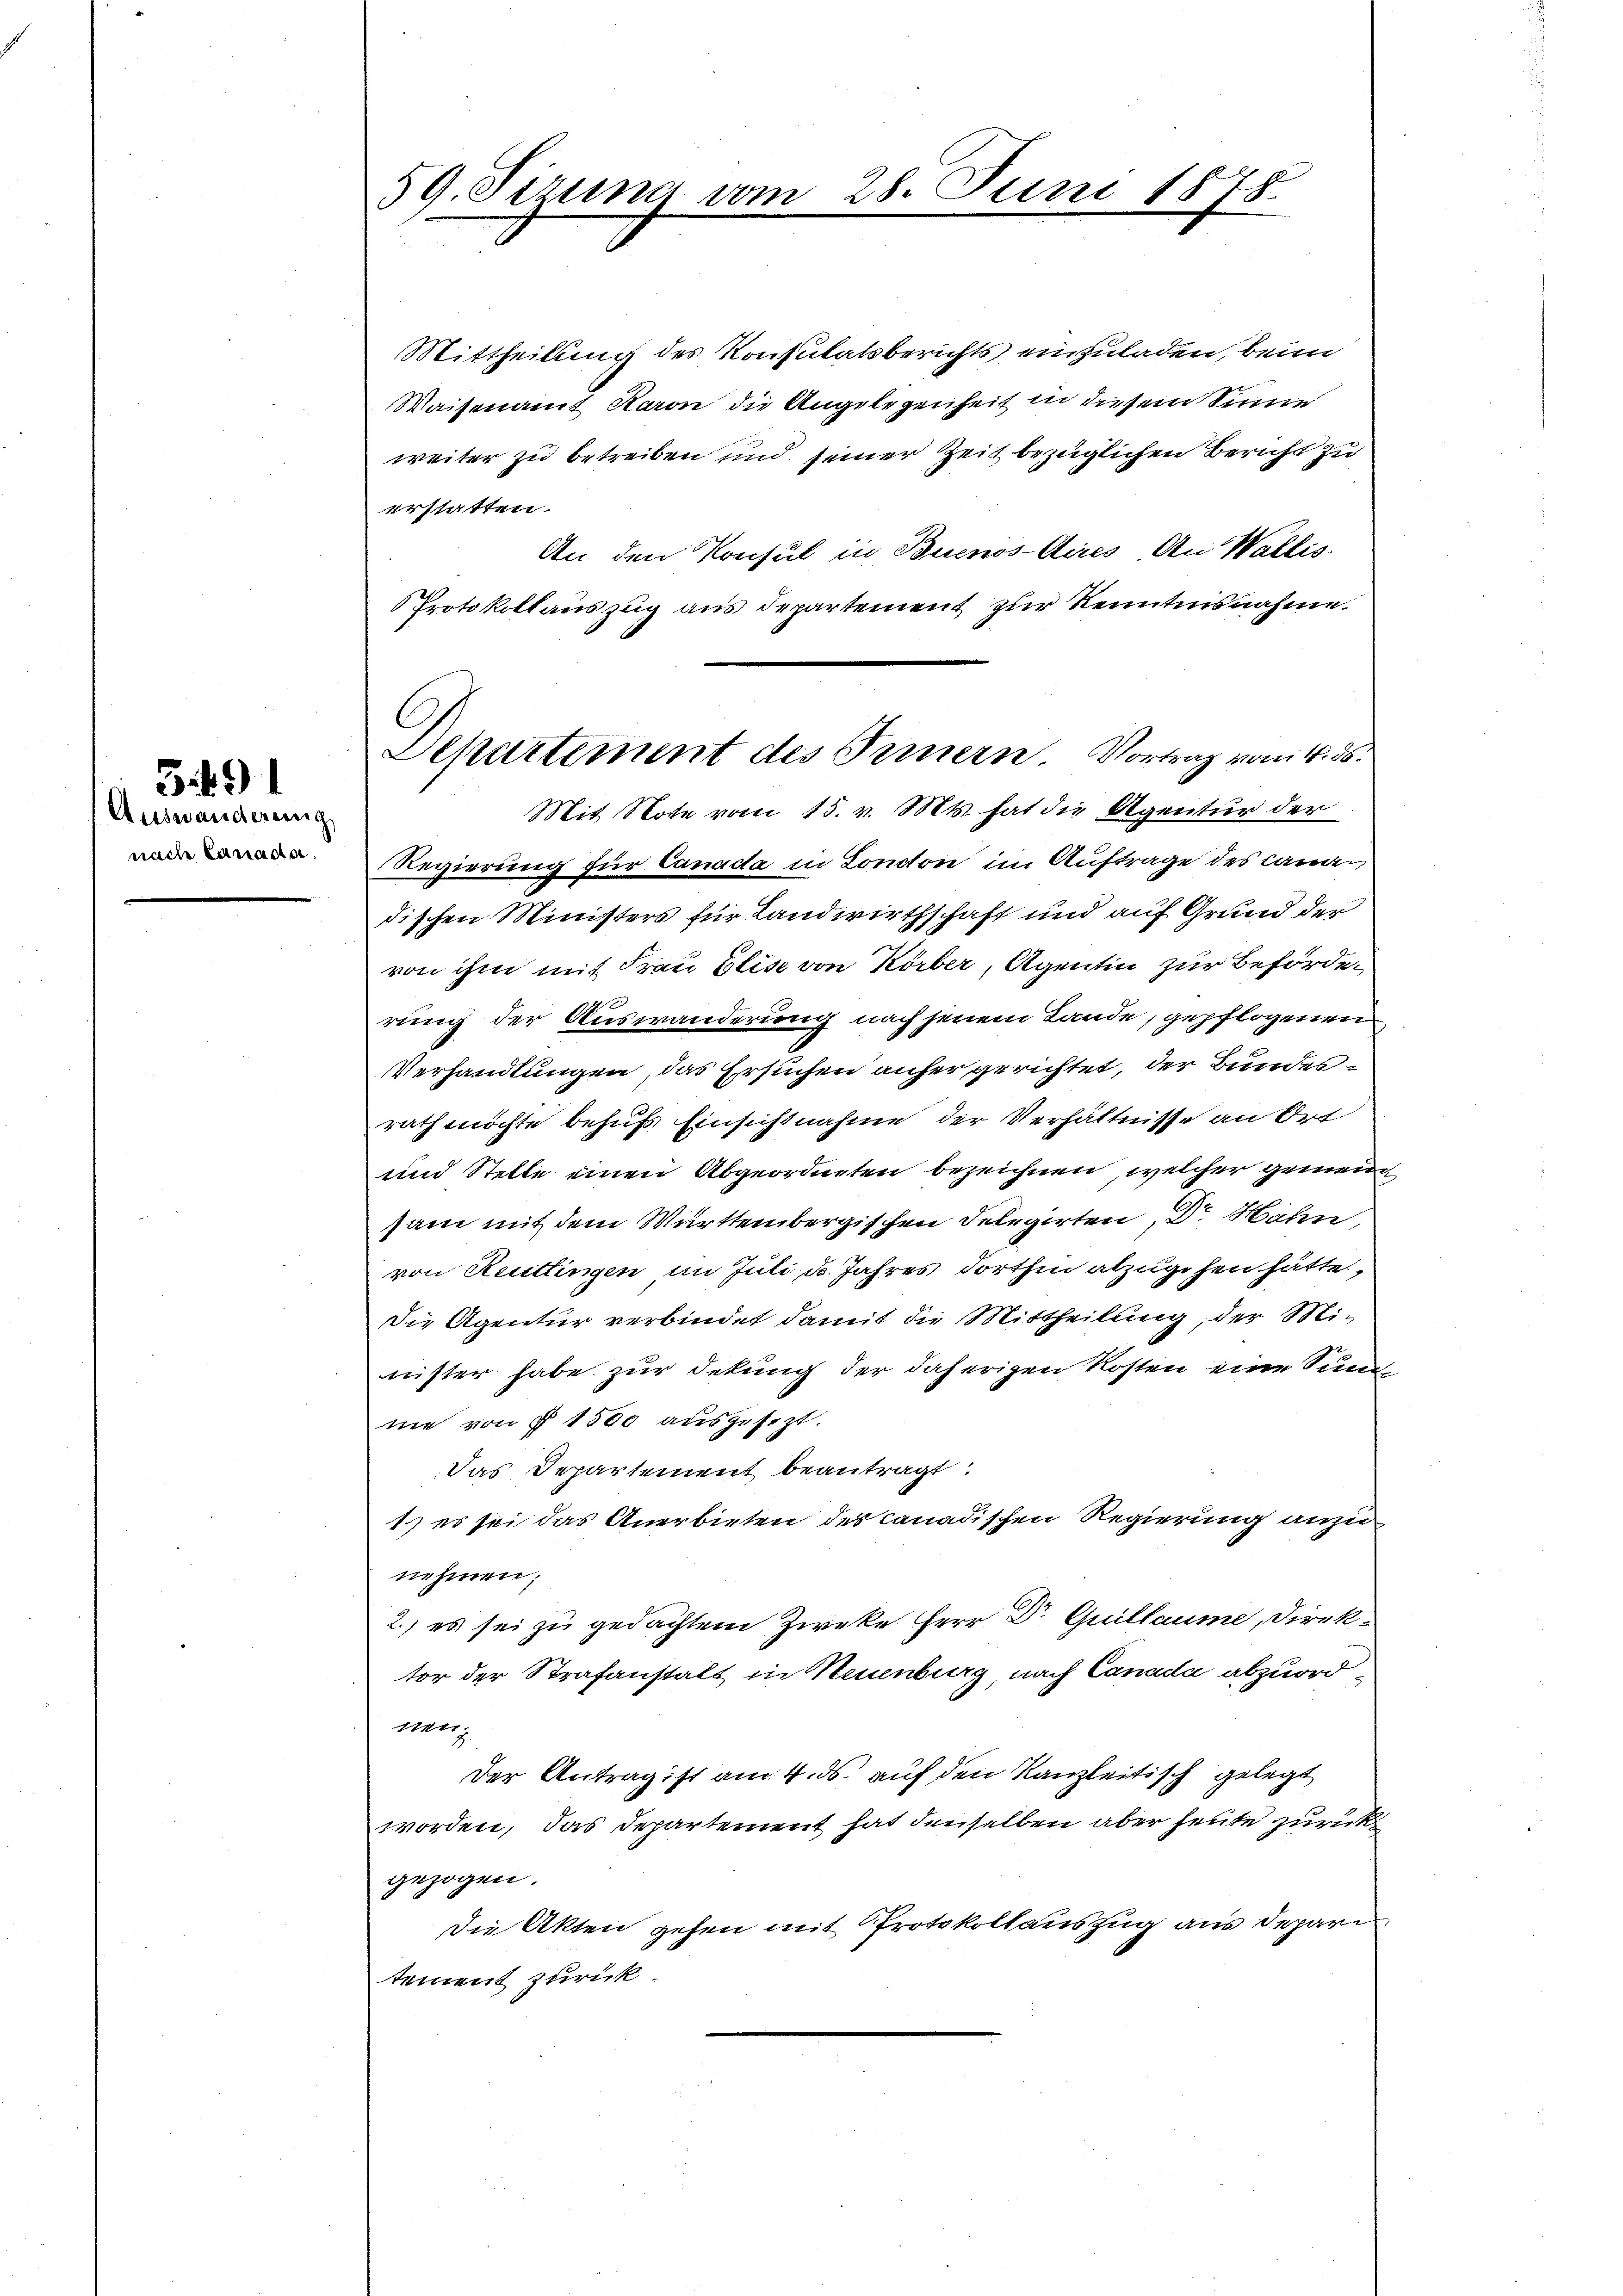
Auswanderung
nache Caracta.

3i 91

59. Sirung vom

Mittheilung des Konsulatsberichts einzuladen, beim
Waisenamt Karon die Angelegenheit in diesem Sinne
weiter zu betreiben und seiner Zeit bezüglichen Bericht zu
erstatten.
An den Konsul in Buenos-Aires An Wallis
 Protokollauszug aus Departement zur Kenntnisnahme.
Regierung für Canada in London im Auftrage des Candi
dischen Ministers für Landwirthschaft und auf Grund der
von ihm mit Frau Elise von Körber, Agentin zur Behörded
rung der Auswanderung nach jenem Lande, gepflogenen
Verhandlungen, das Ersuchen anher gerichtet, der Bundesrath möchte behufs Einsichtnahme der Verhältnisse an Ort
und Stelle einen Abgeordneten bezeichnen, welcher gemeinsam mit dem Württembergischen Delegirten, Dr. Hahn,
von Reutlingen im Juli d. Jahres dorthin abzugehen hätte,
die Agentur verbindet damit die Mittheilung, der Minister habe zur Sekung der daherigen Kosten eine Sum
ne von § 1500 ausgesezt.
Das Departement beantragt:
1.) es sei das Anerbieten des canadischen Regierung anzunehmen;
2.) es sei zu gedachtem Zweke Herr Dr Guillaume, Direktor der Strafanstalt in Neuenburg, nach Canada abzuordt
Der Antrag ist am 4. ds. auf den Kanzleitisch gelegt
worden, das Departement hat denselben aber heute zurück
gezogen.
Die Akten gehen mit Protokollauszug aus depari
tement zurück.

28. Juni 1878.

Departement des Innern Vortrag vom 4. ds.
Mit Note vom 15. v. Mts. hat die Agentur der